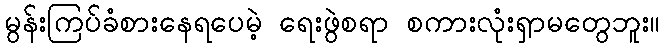
မွန်းကြပ်ခံစားနေရပေမဲ့ ရေးဖွဲစရာ စကားလုံးရှာမတွေဘူး။